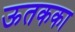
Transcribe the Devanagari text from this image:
ऊतकका